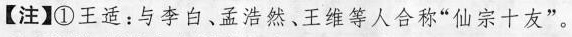
【注】①王适：与李白、孟浩然、王维等人合称”仙宗十友”。